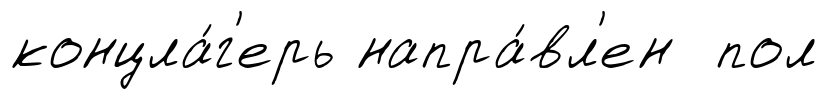
концла́г'ерь напра́вл'ен пол